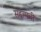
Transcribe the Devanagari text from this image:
सद्दामची